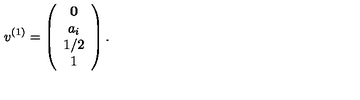
v ^ { ( 1 ) } = \left( \begin{array} { c c c } { { \bf 0 } } \\ { a _ { i } } \\ { 1 / 2 } \\ { 1 } \\ \end{array} \right) .